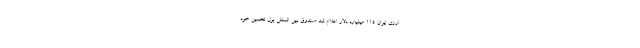
ارزی ایران ۱۱۵ میلیارد دلار اعلام شد صندوق بین المللی پول تخمین خود